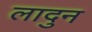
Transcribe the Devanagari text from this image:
लादुन